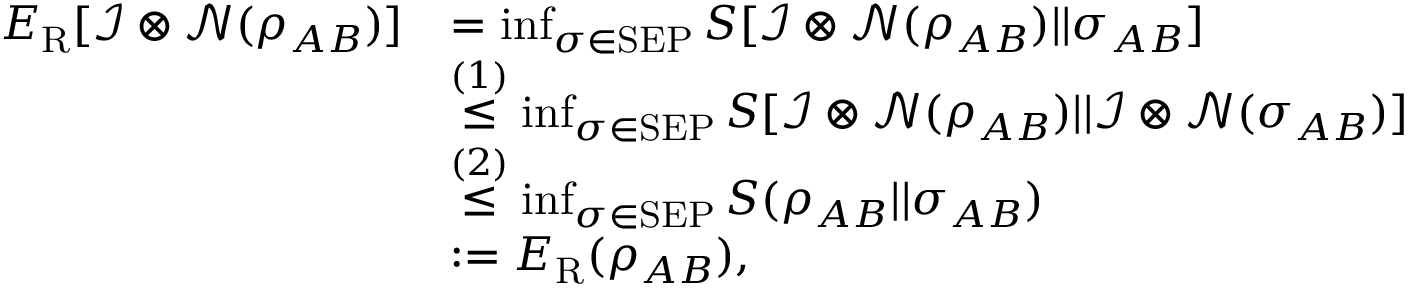
\begin{array} { r l } { E _ { \mathrm { R } } [ \mathcal { I } \otimes \mathcal { N } ( \rho _ { A B } ) ] } & { = \operatorname* { i n f } _ { \sigma \in \mathrm { S E P } } S [ \mathcal { I } \otimes \mathcal { N } ( \rho _ { A B } ) | | \sigma _ { A B } ] } \\ & { \overset { ( 1 ) } { \leq } \operatorname* { i n f } _ { \sigma \in \mathrm { S E P } } S [ \mathcal { I } \otimes \mathcal { N } ( \rho _ { A B } ) | | \mathcal { I } \otimes \mathcal { N } ( \sigma _ { A B } ) ] } \\ & { \overset { ( 2 ) } { \leq } \operatorname* { i n f } _ { \sigma \in \mathrm { S E P } } S ( \rho _ { A B } | | \sigma _ { A B } ) } \\ & { : = E _ { \mathrm { R } } ( \rho _ { A B } ) , } \end{array}